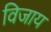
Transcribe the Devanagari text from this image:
विजाय